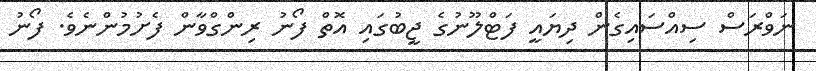
ނަވްރަސް ސިއްސައިގެން ދިޔައީ ފަޓްލޫނުގެ ޖީބުގައި އޮތް ފޯނު ރިންގްވާން ފެށުމުންނެވެ. ފޯނު